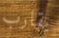
يقارب